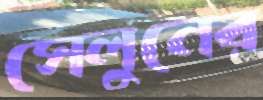
সেলুনের